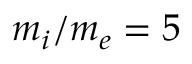
m _ { i } / m _ { e } = 5